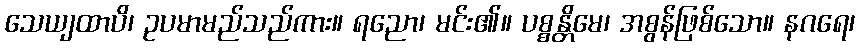
သေယျထာပိ၊ ဥပမာမည်သည်ကား။ ရညော၊ မင်း၏။ ပစ္စန္တိမေ၊ အစွန်ဖြစ်သော။ နဂရေ၊